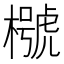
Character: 𣜵